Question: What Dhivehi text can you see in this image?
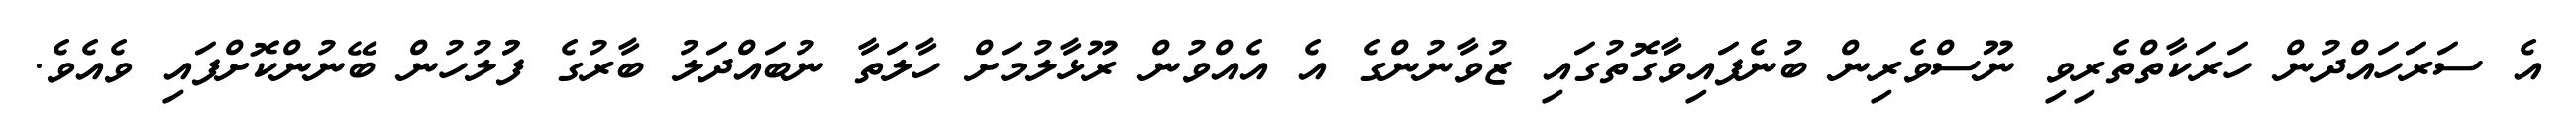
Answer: އެ ސަރަހައްދުން ހަރަކާތްތެރިވި ނޫސްވެރިން ބުނެފައިވާގޮތުގައި ޒުވާނުންގެ އެ އެއްވުން ރޫޅާލުމަށް ހާލަތާ ނުބައްދަލު ބާރުގެ ފުުލުހުން ބޭނުންކޮށްފައި ވެއެވެ.